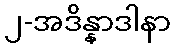
၂-အဒိန္နာဒါနာ